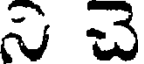
ని చె